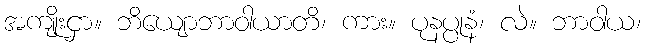
အကျိုးငှာ။ ဘိယျောဘာဝါယာတိ၊ ကား။ ပုနပ္ပုနံ၊ လဲ။ ဘာဝါယ၊